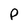
Character: P